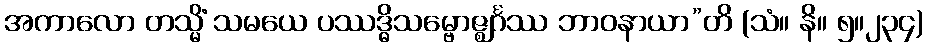
အကာလော တသ္မိံ သမယေ ပဿဒ္ဓိသမ္ဗောဇ္ဈင်္ဂဿ ဘာဝနာယာ”တိ (သံ။ နိ။ ၅။၂၃၄)